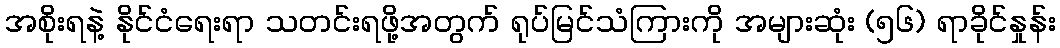
အစိုးရနဲ့ နိုင်ငံရေးရာ သတင်းရဖို့အတွက် ရုပ်မြင်သံကြားကို အများဆုံး (၅၆) ရာခိုင်နှုန်း